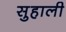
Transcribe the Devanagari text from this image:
सुहाली